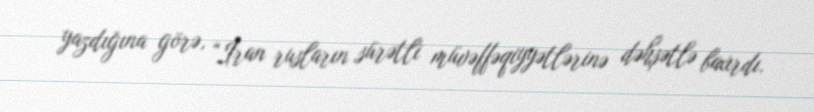
yazdığına görə, "İran rusların sürətli müvəffəqiyyətlərinə dəhşətlə baxırdı.